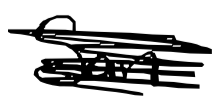
Text: San
Cross-out: mix
Writing tool: digital_black